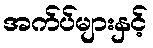
အက်ပ်များနှင့်